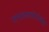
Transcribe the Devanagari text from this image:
पापास्तथोपोलोस